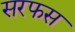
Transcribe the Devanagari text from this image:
सरफस